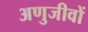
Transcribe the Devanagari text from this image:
अणुजीवों